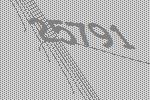
25791